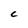
Character: C